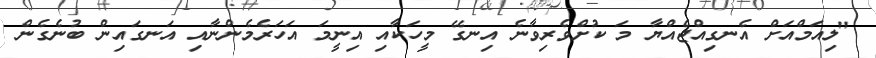
"ލިއަމްއަށް އެނގިއްޖެއްޔާ މަ ކުށްވެރިވާނެ އިނގޭ މީހަކާއި އިނީމަ އަހަރެމެންނާއި އަނގައިން ބުނެގެން